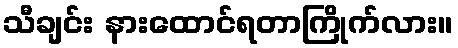
သီချင်း နားထောင်ရတာကြိုက်လား။